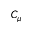
C _ { \mu }